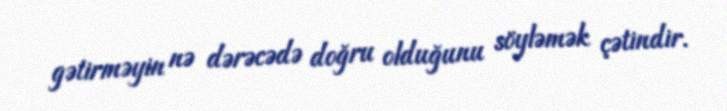
gətirməyin nə dərəcədə doğru olduğunu söyləmək çətindir.